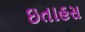
ઇતાહસ